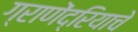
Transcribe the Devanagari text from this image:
ग्राणेंद्रियाचे